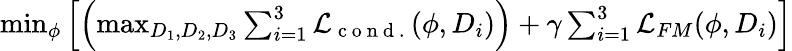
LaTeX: \begin{array}{r}{\operatorname*{min}_{\phi}\left[\left(\operatorname*{max}_{D_{1},D_{2},D_{3}}\sum_{i=1}^{3}\mathcal{L}_{\mathrm{~c~o~n~d~.~}}(\phi,D_{i})\right)+\gamma\sum_{i=1}^{3}\mathcal{L}_{FM}(\phi,D_{i})\right]}\end{array}